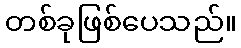
တစ်ခုဖြစ်ပေသည်။